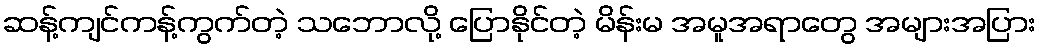
ဆန့်ကျင်ကန့်ကွက်တဲ့ သဘောလို့ ပြောနိုင်တဲ့ မိန်းမ အမူအရာတွေ အများအပြား